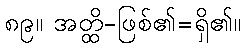
၈၉။ အတ္ထိ-ဖြစ်၏=ရှိ၏။